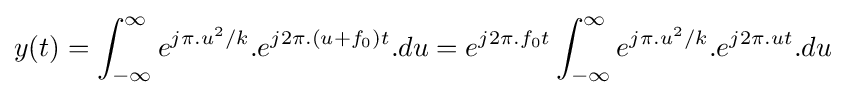
y(t)=\int _{-\infty }^{\infty }e^{j\pi .u^{2}/k}.e^{j2\pi .(u+f_{0})t}.du=e^{j2\pi .f_{0}t}\int _{-\infty }^{\infty }e^{j\pi .u^{2}/k}.e^{j2\pi .ut}.du